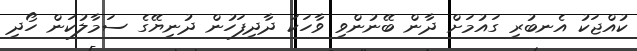
ކުއްޖަކު އެނބުރި ގައުމަށް ދާން ބޭނުންވި ވާހަކަ ދާދިފަހުން ދުނިޔޭގެ ސަމާލުކަން ހޯދި